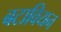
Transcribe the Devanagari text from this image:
बटावियन